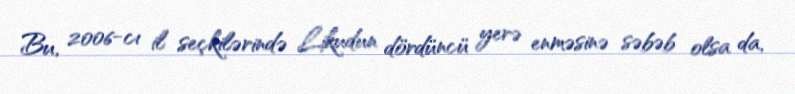
Bu, 2006-cı il seçkilərində Likudun dördüncü yerə enməsinə səbəb olsa da,